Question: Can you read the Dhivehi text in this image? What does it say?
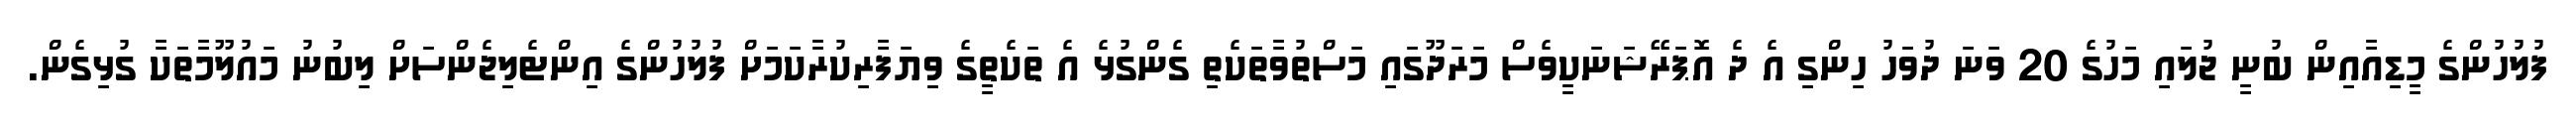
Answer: ފުލުހުންގެ މީޑިއާއިން ބުނީ ޖުލައި މަހުގެ 20 ވަނަ ދުވަހު ހިންގި އެ ދެ އޮޕަރޭޝަނަކީވެސް މަރަދޫގައި މަސްތުވާތަކެތި ގެންގުޅެ އެ ތަކެތީގެ ވިޔަފާރިކުރާކަމަށް ފުލުހުންގެ އިންޓެލިޖެންސަށް ލިބުނު މައުލޫމާތަކާ ގުޅިގެން.